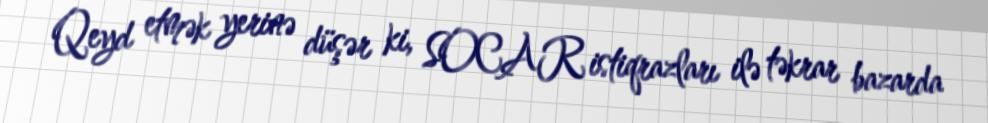
Qeyd etmək yerinə düşər ki, SOCAR istiqrazları ilə təkrar bazarda